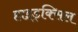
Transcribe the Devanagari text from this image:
हाइड्रक्सिल